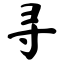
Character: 寻